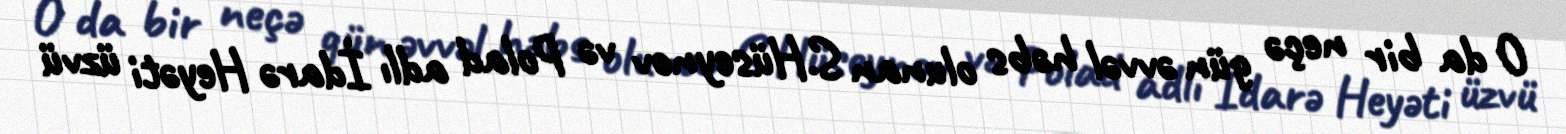
O da bir neçə gün əvvəl həbs olunan S.Hüseynov və Polad adlı İdarə Heyəti üzvü